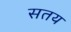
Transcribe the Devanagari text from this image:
सतय